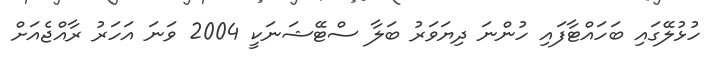
ހުޅުލޭގައި ބަހައްޓާފައި ހުންނަ ދިޔަވަރު ބަލާ ސްޓޭޝަނަކީ 2004 ވަނަ އަހަރު ރާއްޖެއަށް